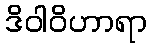
ဒိဝါဝိဟာရာ